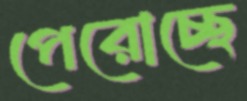
পেরোচ্ছে